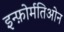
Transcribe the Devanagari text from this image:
इन्फ़ोर्मतिओन